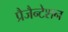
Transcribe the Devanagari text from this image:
प्रैजैन्टेशन